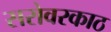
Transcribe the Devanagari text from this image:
सरोवरकाठ